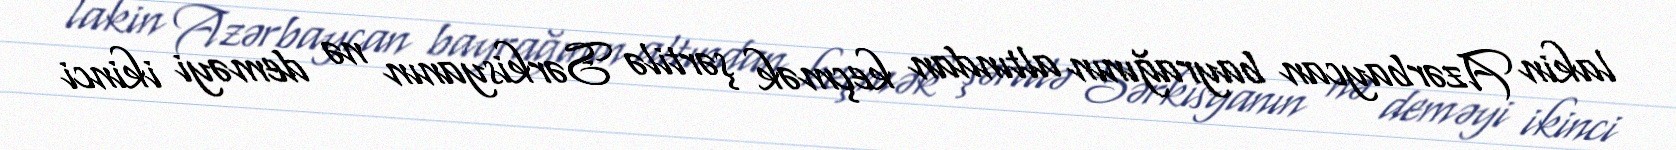
lakin Azərbaycan bayrağının altından keçmək şərtilə Sərkisyanın nə deməyi ikinci